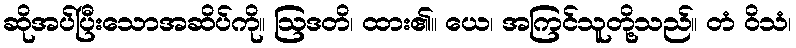
ဆိုအပ်ပြီးသောအဆိပ်ကို။ ဩဒတိ၊ ထား၏။ ယေ၊ အကြင်သူတို့သည်။ တံ ဝိသံ၊